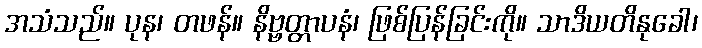
အသံသည်။ ပုန၊ တဖန်။ နိဗ္ဗတ္တာပနံ၊ ဖြစ်ပြန်ခြင်းကို။ သာဒိယတိနုခေါ၊